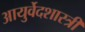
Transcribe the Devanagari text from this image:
आयुर्वेदशास्‍त्री